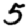
Digit: 5